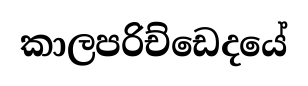
කාලපරිච්ඩෙදයේ